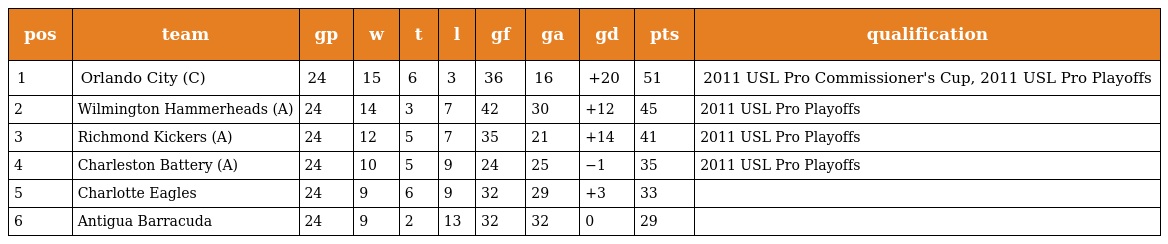
| pos | team | gp | w | t | l | gf | ga | gd | pts | qualification |
 | --- | --- | --- | --- | --- | --- | --- | --- | --- | --- | --- |
 | 1 | Orlando City (C) | 24 | 15 | 6 | 3 | 36 | 16 | +20 | 51 | 2011 USL Pro Commissioner's Cup, 2011 USL Pro Playoffs |
 | 2 | Wilmington Hammerheads (A) | 24 | 14 | 3 | 7 | 42 | 30 | +12 | 45 | 2011 USL Pro Playoffs |
 | 3 | Richmond Kickers (A) | 24 | 12 | 5 | 7 | 35 | 21 | +14 | 41 | 2011 USL Pro Playoffs |
 | 4 | Charleston Battery (A) | 24 | 10 | 5 | 9 | 24 | 25 | −1 | 35 | 2011 USL Pro Playoffs |
 | 5 | Charlotte Eagles | 24 | 9 | 6 | 9 | 32 | 29 | +3 | 33 |  |
 | 6 | Antigua Barracuda | 24 | 9 | 2 | 13 | 32 | 32 | 0 | 29 |  |